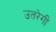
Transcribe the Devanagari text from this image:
उतरेगी